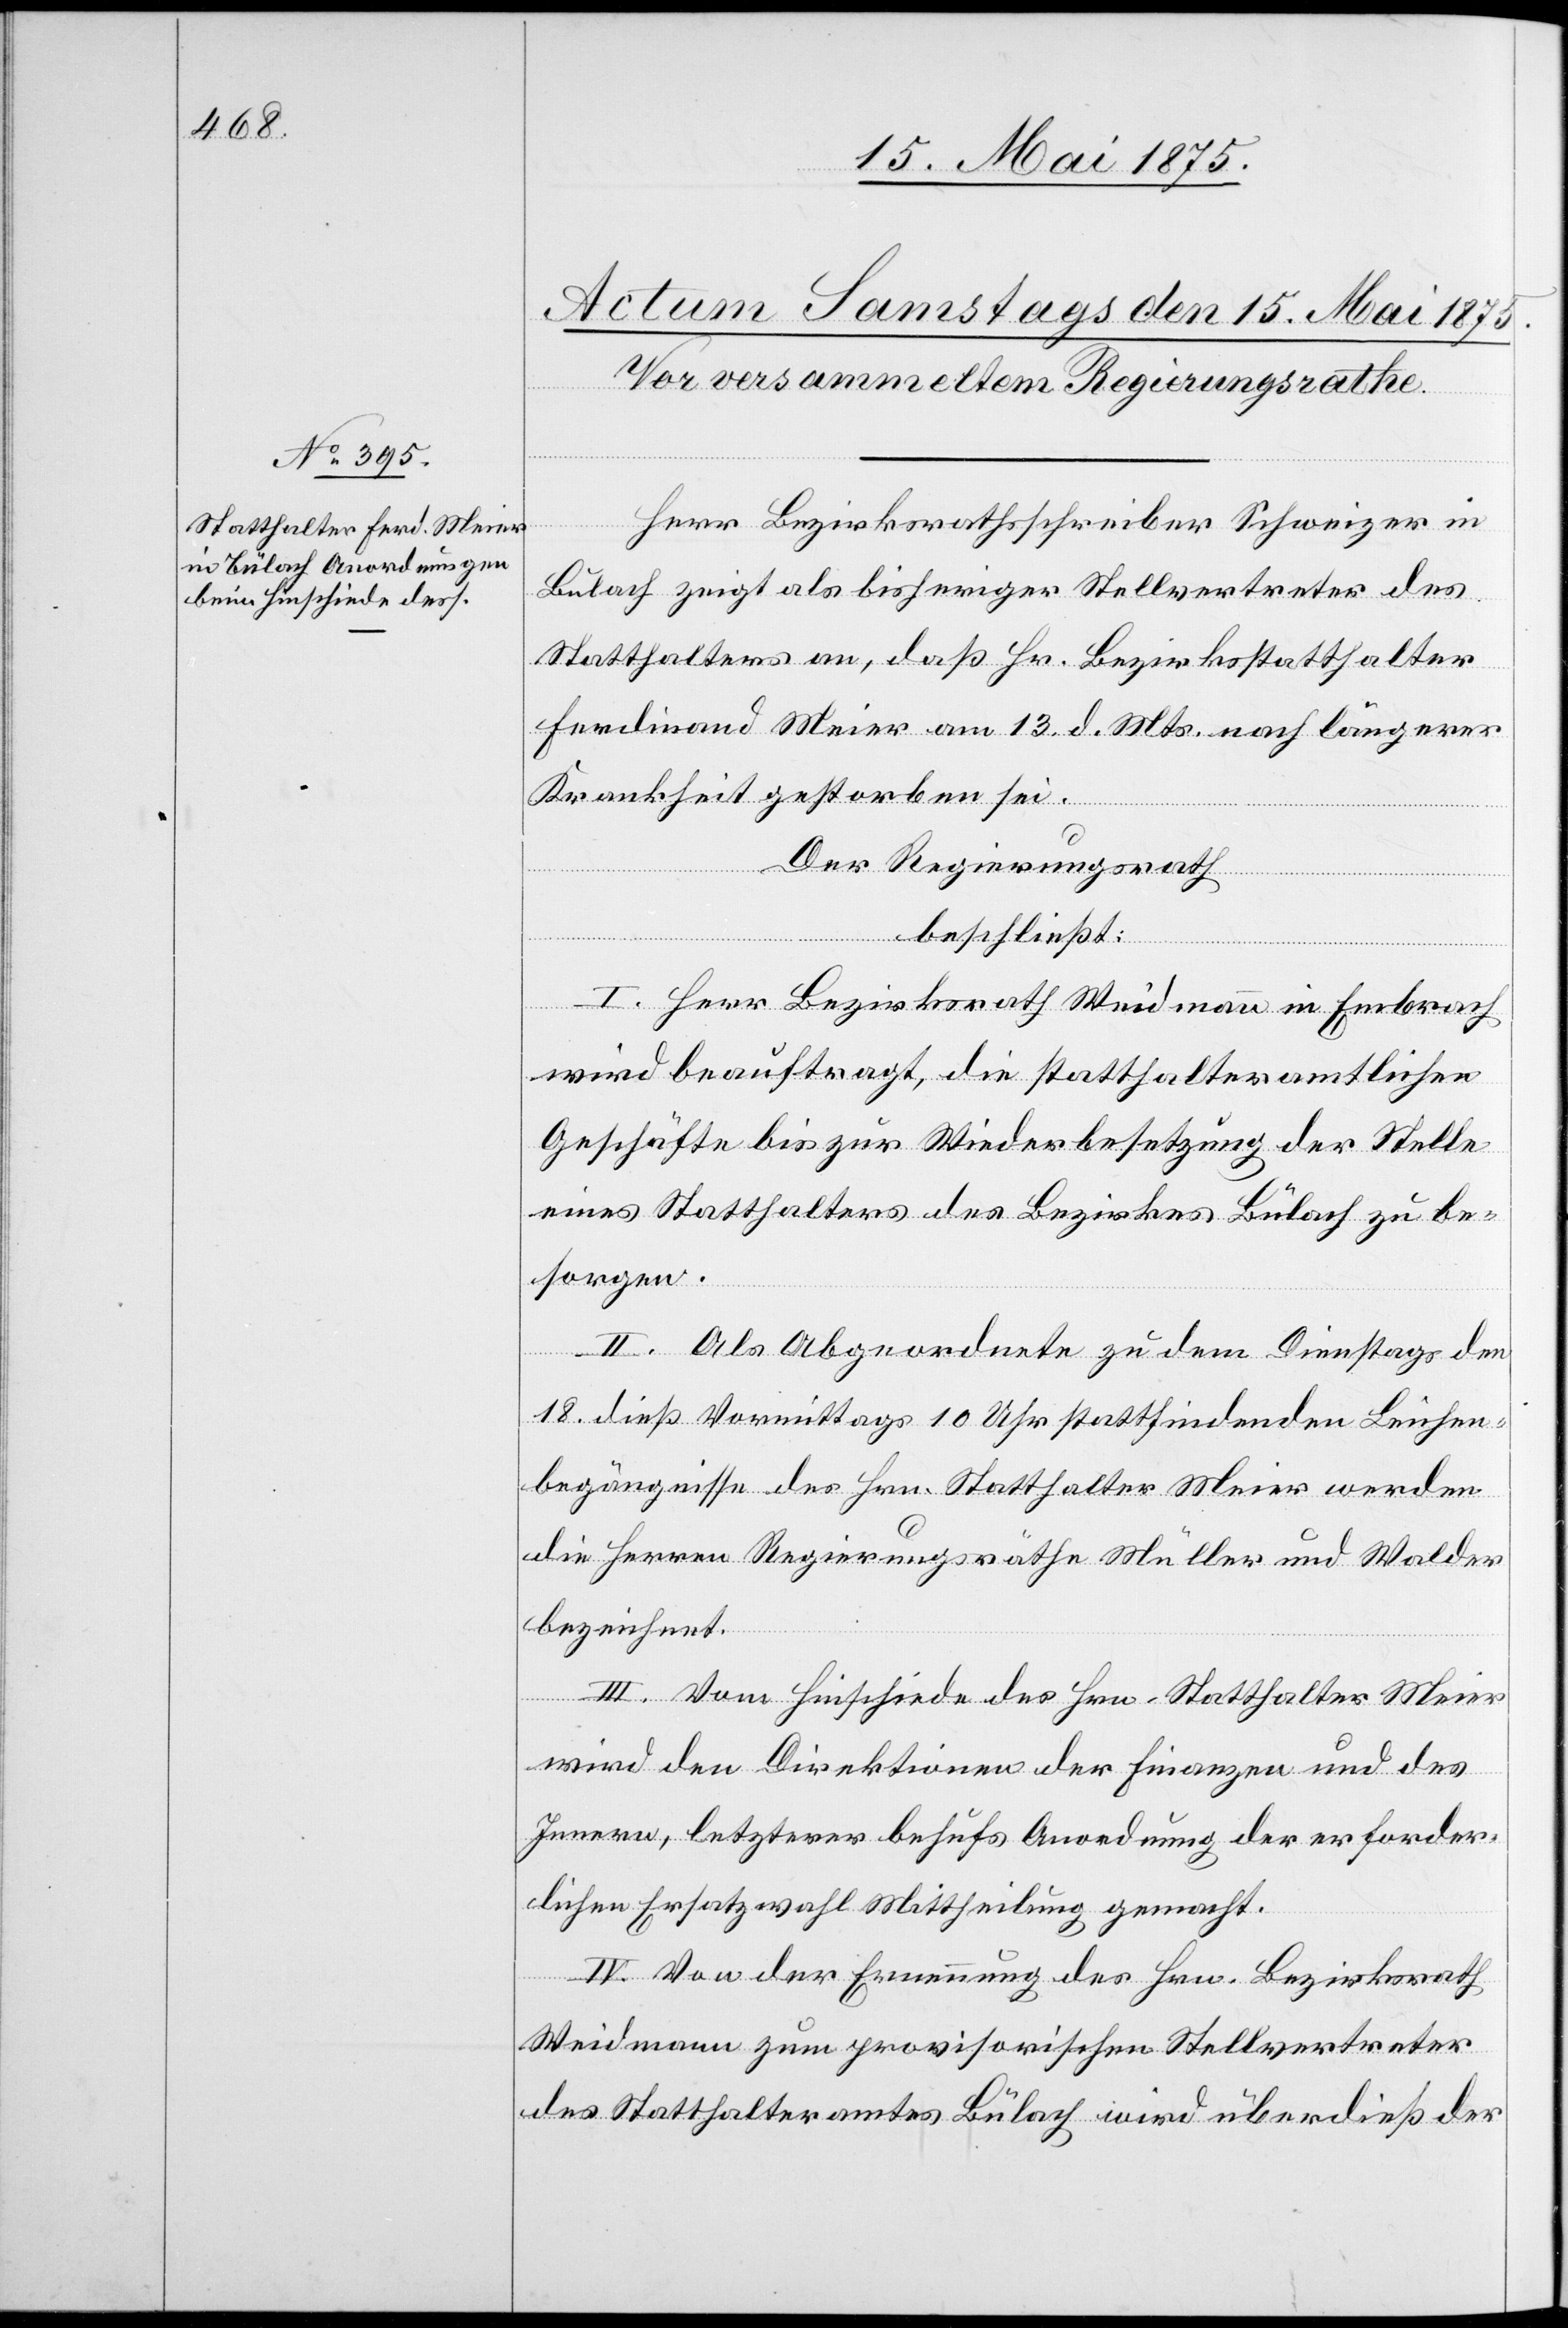
in
Bülach zeigt als bisheriger Stellvertreter des
Statthalters an, daß Hr. Bezirksstatthalter
Ferdinand Meier am 13. d. Mts. nach längerer
Krankheit gestorben sei.
Der Regierungsrath
beschließt:
I. Herr Bezirksrath Weidmann in Embrach
wird beauftragt, die statthalteramtlichen
Geschäfte bis zur Wiederbesetzung der Stelle
eines Statthalters des Bezirkes Bülach zu be¬
sorgen.
II. Als Abgeordnete zu dem Dienstags den
18. dieß. Vormittags 10 Uhr stattfindenden Leichen¬
begräbnisse des Hrn. Statthalter Meier werden
die Herren Regierungsräthe Müller und Walder
bezeichnet.
II. Vom Hinschiede des Hrn. Statthalter Meier
wird den Direktionen der Finanzen und des
Innern, letzterer behufs Anordnung der erforder¬
lichen Ersatzwahl Mittheilung gemacht.
IV. Von der Ernennung des Hrn. Bezirksrath
Weidmann zum provisorischen Stellvertreter
des Statthalteramtes Bülach wird überdieß der